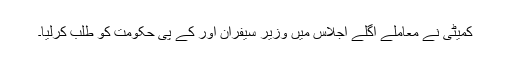
کمیٹی نے معاملے اگلے اجلاس میں وزیر سیفران اور کے پی حکومت کو طلب کرلیا۔